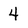
Character: 4